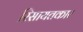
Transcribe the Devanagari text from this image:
रिसायतकार